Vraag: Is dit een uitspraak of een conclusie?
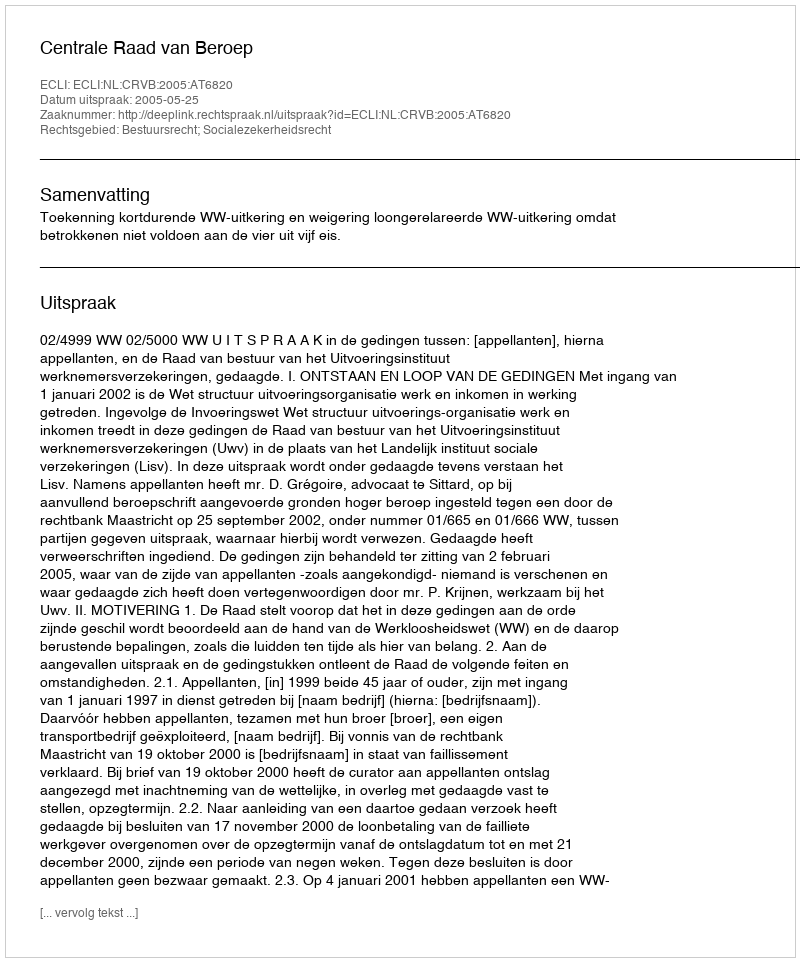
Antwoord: Uitspraak